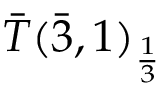
{ \bar { T } } ( { \bar { 3 } } , 1 ) _ { \frac { 1 } { 3 } }